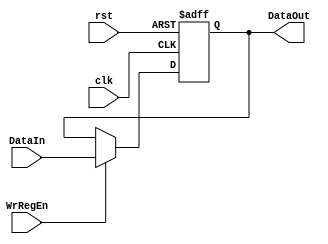
module Reg_16_En(clk, rst, WrRegEn, DataIn, DataOut);
	input clk, rst;
	input WrRegEn;
	input [15:0] DataIn;
	output reg [15:0] DataOut;

	always @(posedge clk or posedge rst) begin
		if (rst) begin
			DataOut <= 16'd0;
		end
		else if (WrRegEn) begin
			DataOut <= DataIn;
		end
		else begin
			DataOut <= DataOut;
		end
	end

endmodule